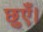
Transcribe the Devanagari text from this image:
छुएँ।